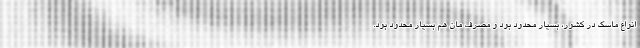
انواع ماسک در کشور، بسیار محدود بود و مصرف مان هم بسیار محدود بود.